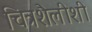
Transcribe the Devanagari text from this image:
चित्रशैलीशी